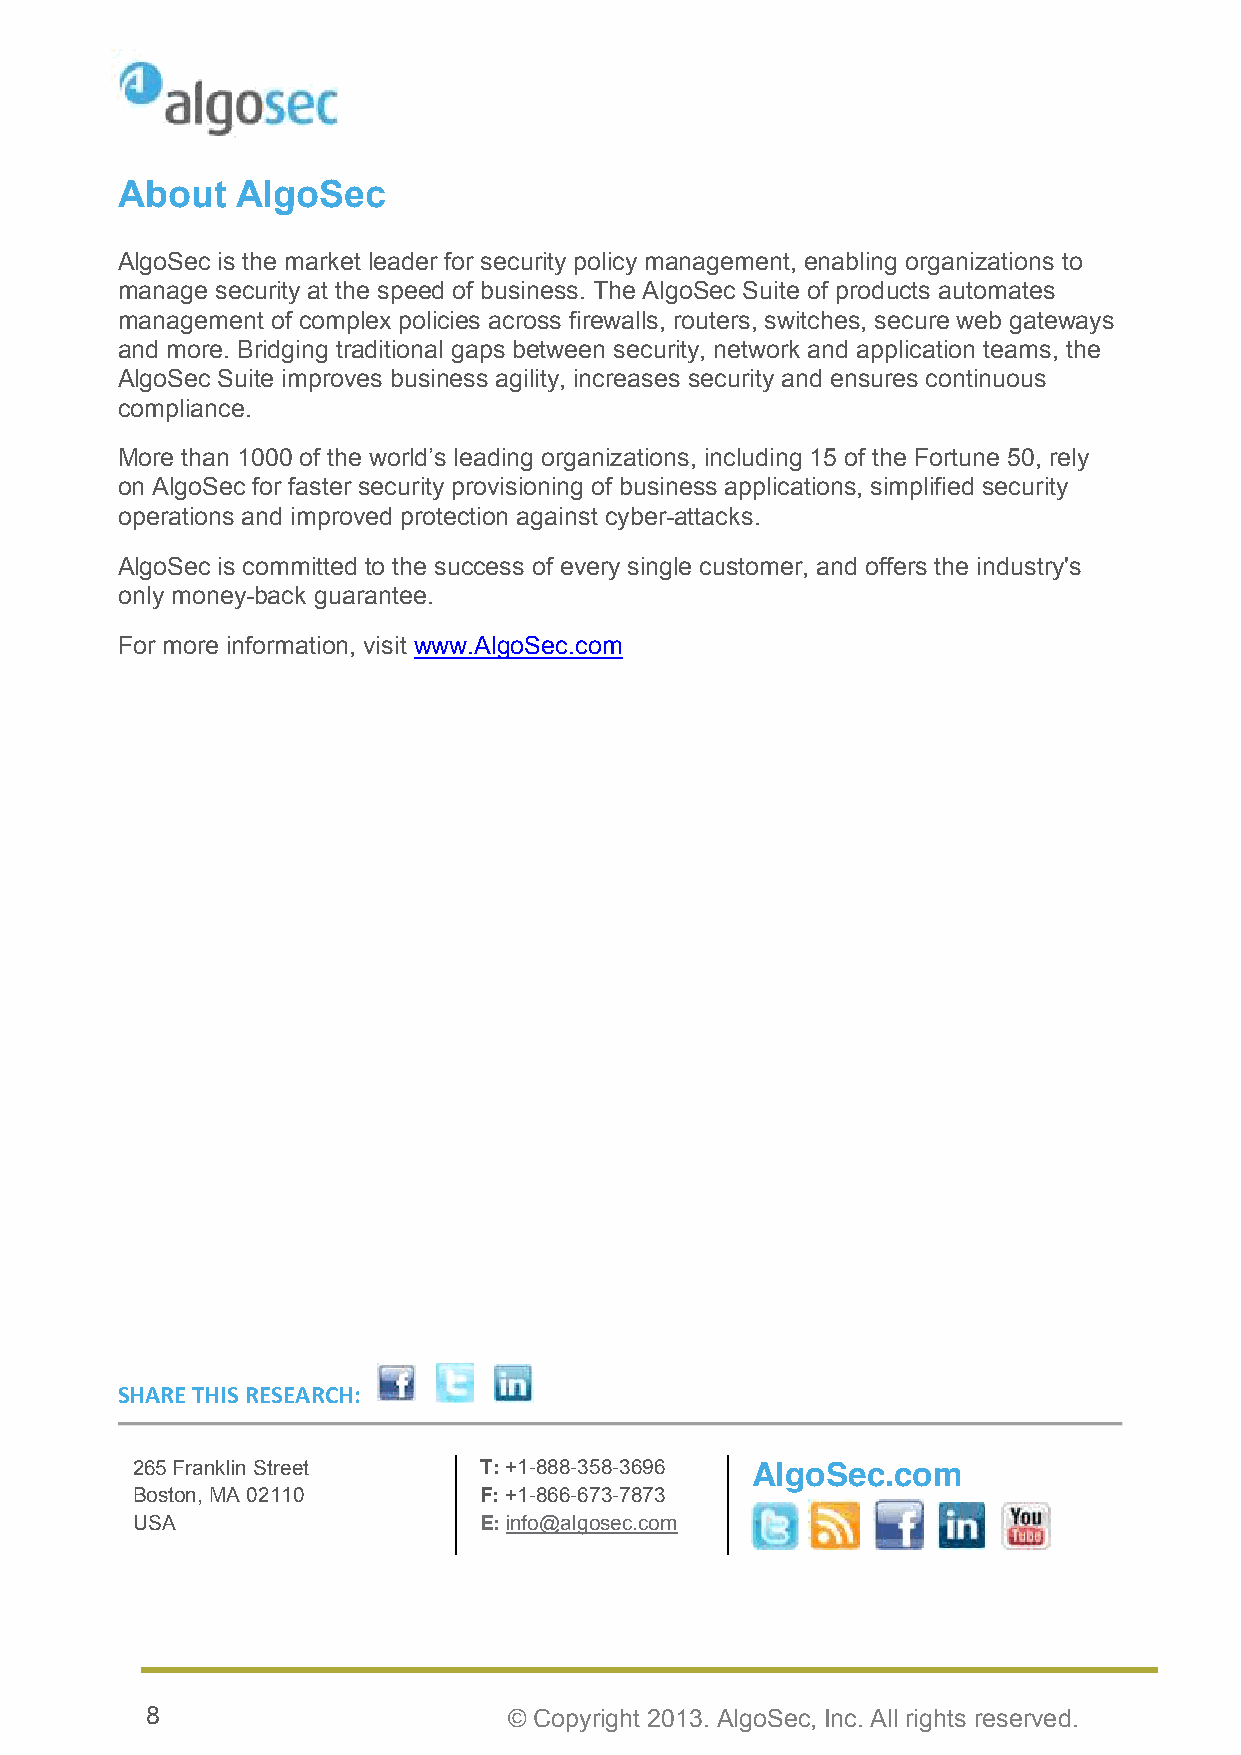
About   AlgoSec
 AlgoSec is the market leader for security policy management, enabling organizations to
 manage security at the speed of business. The AlgoSec Suite of products automates
 management of complex policies across firewalls, routers, switches, secure web gateways
 and more. Bridging traditional gaps between security, network and application teams, the
 AlgoSec Suite improves business agility, increases security and ensures continuous
 compliance.
 More than 1000 of the world’s leading organizations, including 15 of the Fortune 50, rely
 on AlgoSec for faster security provisioning of business applications, simplified security
 operations and improved protection against cyber-attacks.
 AlgoSec is committed to the success of every single customer, and offers the industry's
 only money-back guarantee.
 For more information, visit www.AlgoSec.com
 SHARE THIS RESEARCH:
 265 Franklin Street    T: +1-888-358-3696 AlgoSec.com
 Boston, MA 02110       F: +1-866-673-7873
 USA                    E: info@algosec.com
 8                       © Copyright 2013. AlgoSec, Inc. All rights reserved.